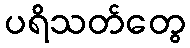
ပရိသတ်တွေ